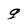
Character: g